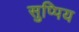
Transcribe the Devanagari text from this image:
सुप्पिय